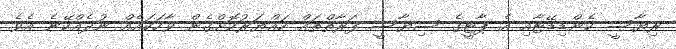
ރިޔާސީ ކެންޑިޑޭޓާއި އެ ޕާޓީގެ ސިޔާސީ ފަރާތްތައް ހައްޔަރުކޮށްގެން ވާހަކައެއް ނުދެއްކޭނެ އެވެ.